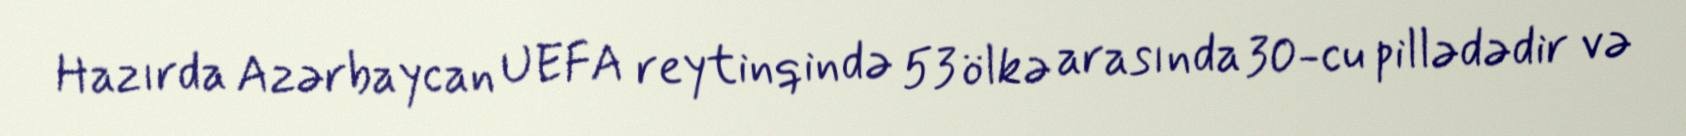
Hazırda Azərbaycan UEFA reytinqində 53 ölkə arasında 30-cu pillədədir və